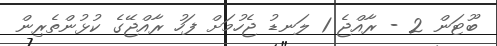
ބޫޓަން 2 - ރާއްޖެ 1 ލަނޑު ޖެހުމަށް ފަހު ރާއްޖޭގެ ކުޅުންތެރިން